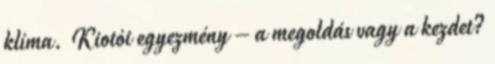
klíma. Kiotói egyezmény – a megoldás vagy a kezdet?